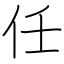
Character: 任